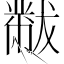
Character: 黻